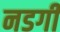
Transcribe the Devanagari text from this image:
नडगी